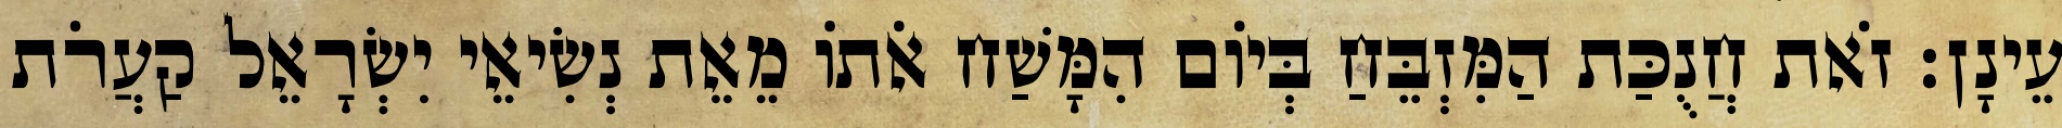
עֵינָן׃ זֹאת חֲנֻכַּת הַמִּזְבֵּחַ בְּיוֹם הִמָּשַׁח אֹתוֹ מֵאֵת נְשִׂיאֵי יִשְׂרָאֵל קַעֲרֹת